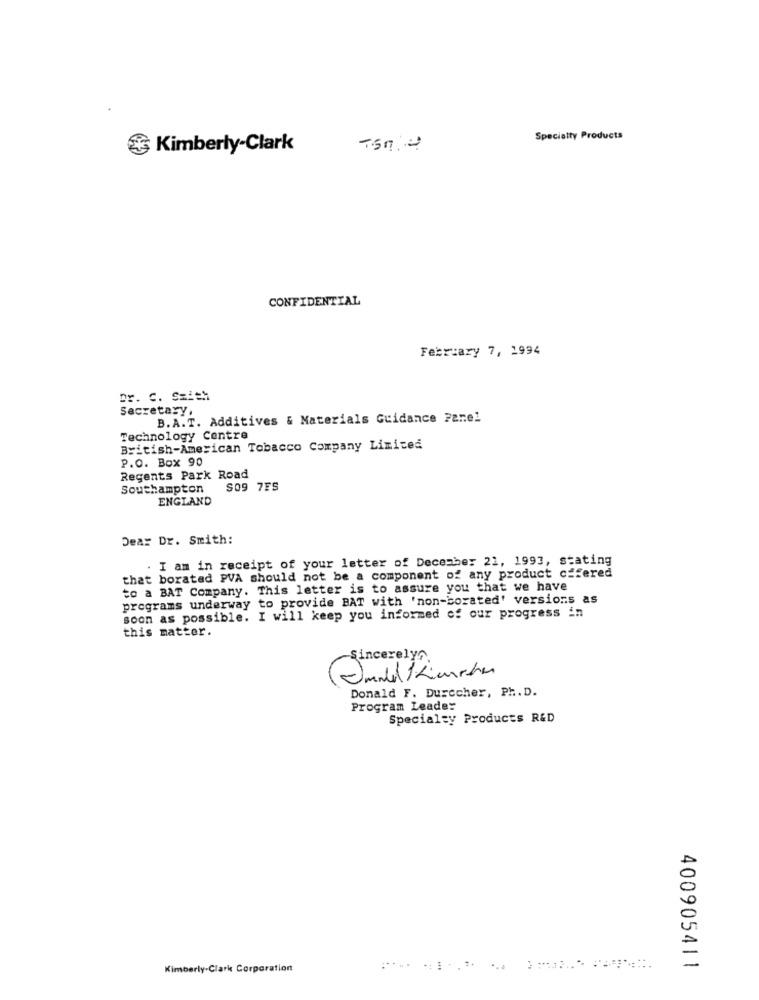
Specialty Products
& Kimberly-Clark
CONFIDENTIAL
February 7, 1994
Dr. C. Smith
Secretary,
B.A.T. Additives & Materials Guidance Panel
Technology Centre
British-American Tobacco Company Limited
P.O. Box 90
Regents Park Road
Southampton
S09 7FS
ENGLAND
Dear Dr. Smith:
. I am in receipt of your letter of December 21, 1993, stating
that borated PVA should not be a component of any product offered
to a BAT Company. This letter is to assure you that we have
programs underway to provide BAT with 'non-borated' versions as
soon as possible. I will keep you informed of our progress in
this matter.
Sincerelys
-
Donald F. Durccher, Ph. D.
Program Leader
Specialty Products R&D
Kimberly-Clark Corporation
400905411